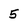
Character: 5